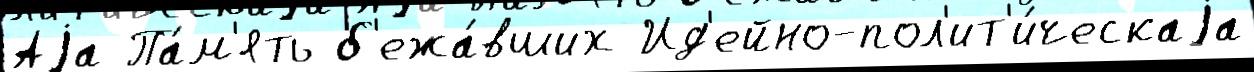
Аjа Па́м'ять б'ежа́вших Ид'ейно-пол'ит'и́ческаjа